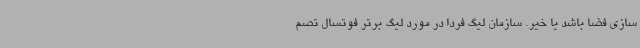
سازی فضا باشد یا خیر. سازمان لیگ فردا در مورد لیگ برتر فوتسال تصم